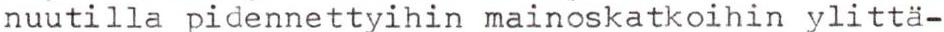
nuutilla pidennettyihin mainoskatkoihin ylittä-